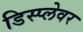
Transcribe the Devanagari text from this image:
डिस्प्लेवर